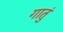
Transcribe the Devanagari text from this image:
गातुं